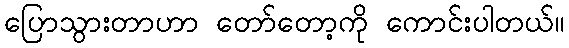
ပြောသွားတာဟာ တော်တော့ကို ကောင်းပါတယ်။